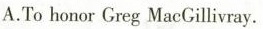
A.To honor Greg MacGillivray.